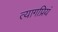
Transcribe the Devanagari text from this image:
त्यागप्रियं